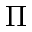
\Pi